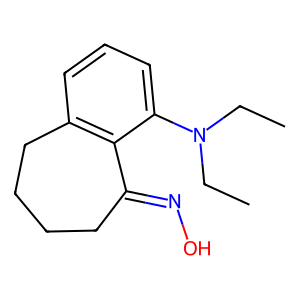
SMILES: CCN(CC)c1cccc2c1C(=NO)CCCC2
Inhibits HIV replication: No